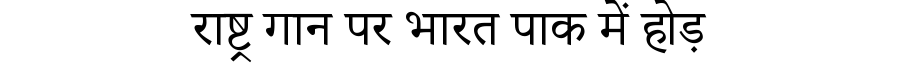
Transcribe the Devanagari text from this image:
राष्ट्र गान पर भारत पाक में होड़